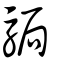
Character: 駶